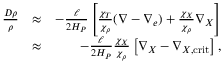
\begin{array} { r l r } { { \frac { D \rho } { \rho } } } & { \approx } & { - { \frac { \ell } { 2 H _ { P } } } \left[ { \frac { \chi _ { T } } { \chi _ { \rho } } } ( \nabla - \nabla _ { e } ) + { \frac { \chi _ { X } } { \chi _ { \rho } } } \nabla _ { X } \right] } \\ & { \approx } & { - { \frac { \ell } { 2 H _ { P } } } { \frac { \chi _ { X } } { \chi _ { \rho } } } \left[ \nabla _ { X } - \nabla _ { X , \mathrm { c r i t } } \right] , } \end{array}